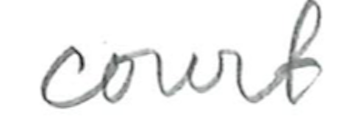
Text: court
Cross-out: clean
Writing tool: pencil